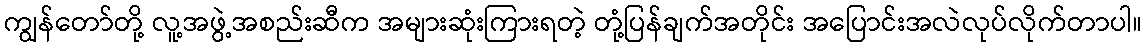
ကျွန်တော်တို့ လူ့အဖွဲ့အစည်းဆီက အများဆုံးကြားရတဲ့ တုံ့ပြန်ချက်အတိုင်း အပြောင်းအလဲလုပ်လိုက်တာပါ။